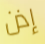
إذن